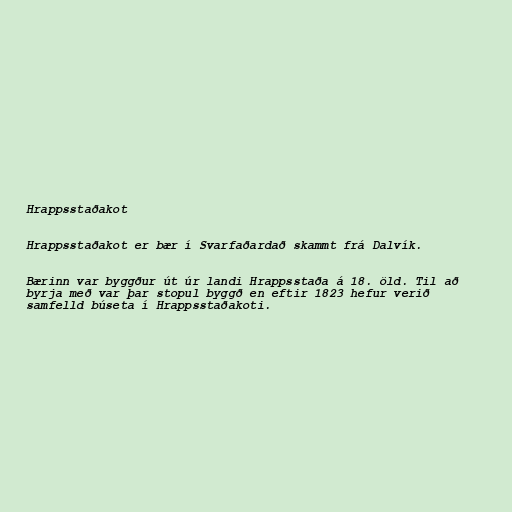
Hrappsstaðakot

Hrappsstaðakot er bær í Svarfaðardað skammt frá Dalvík.

Bærinn var byggður út úr landi Hrappsstaða á 18. öld. Til að
byrja með var þar stopul byggð en eftir 1823 hefur verið
samfelld búseta í Hrappsstaðakoti.